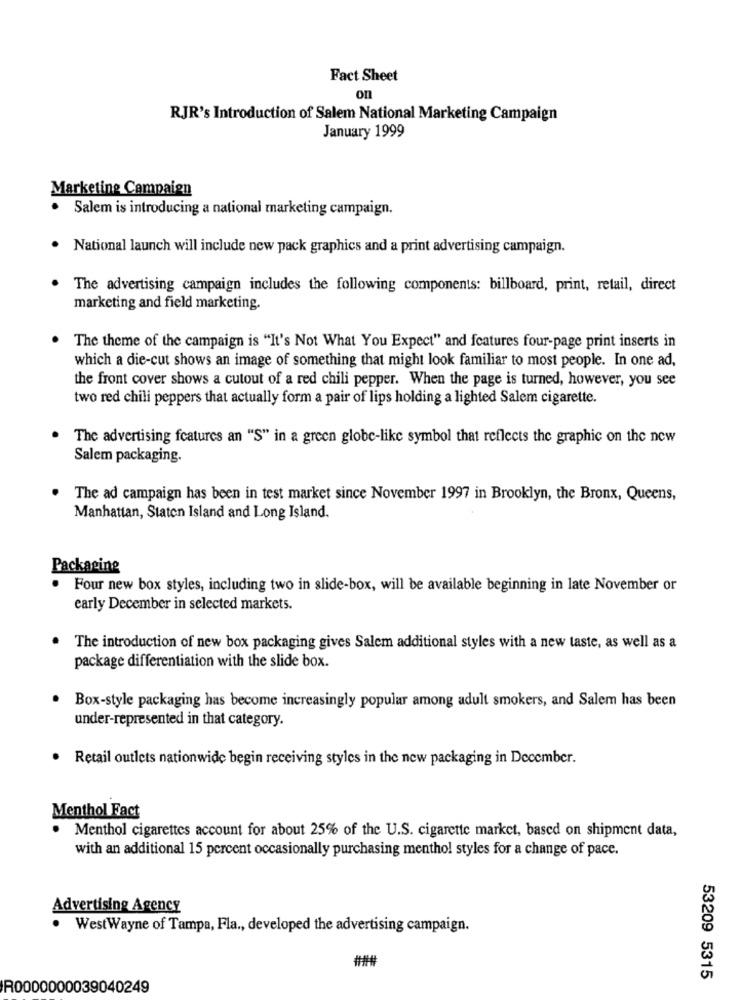
Fact Sheet
on
RJR's Introduction of Salem National Marketing Campaign
January 1999
Marketing Campaign
· Salem is introducing a national marketing campaign.
National launch will include new pack graphics and a print advertising campaign.
The advertising campaign includes the following components: billboard, print, retail, direct
marketing and field marketing.
The theme of the campaign is "It's Not What You Expect" and features four-page print inserts in
which a die-cut shows an image of something that might look familiar to most people. In one ad,
the front cover shows a cutout of a red chili pepper. When the page is turned, however, you see
two red chili peppers that actually form a pair of lips holding a lighted Salem cigarette.
The advertising features an "S" in a green globe-like symbol that reflects the graphic on the new
Salem packaging.
The ad campaign has been in test market since November 1997 in Brooklyn, the Bronx, Queens,
Manhattan, Staten Island and Long Island.
Packaging
Four new box styles, including two in slide-box, will be available beginning in late November or
early December in selected markets.
The introduction of new box packaging gives Salem additional styles with a new taste, as well as a
package differentiation with the slide box.
Box-style packaging has become increasingly popular among adult smokers, and Salem has been
under-represented in that category.
Retail outlets nationwide begin receiving styles in the new packaging in December.
Menthol Fact
Menthol cigarettes account for about 25% of the U.S. cigarette market, based on shipment data,
with an additional 15 percent occasionally purchasing menthol styles for a change of pace.
Advertising Agency
.
WestWayne of Tampa, Fla ., developed the advertising campaign.
###
53209 5315
R0000000039040249